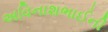
અવિનાશભાઈની